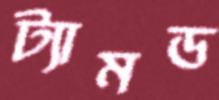
ট্যামড